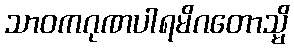
သာဝကဂုဏပါရမိဂတောသ္မိ